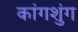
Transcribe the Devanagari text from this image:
कांगशुंग